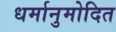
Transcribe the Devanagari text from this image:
धर्मानुमोदित